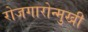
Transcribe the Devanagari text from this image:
रोजगारोन्मुखी